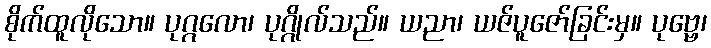
စိုက်ထူလိုသော။ ပုဂ္ဂလော၊ ပုဂ္ဂိုလ်သည်။ ယညာ၊ ယဇ်ပူဇော်ခြင်းမှ။ ပုဗ္ဗေ၊